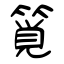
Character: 筧